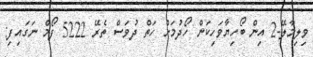
ވިލިމާލޭ-2 އިން ބޯހިޔާވަހިކަން ހޯދުމަށް ހަތް ދުވަސް ތެރޭ 5222 ފޯމް ނަގައިފި: